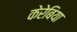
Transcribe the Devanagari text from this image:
केरेबिया